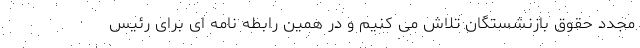
مجدد حقوق بازنشستگان تلاش می کنیم و در همین رابطه نامه ای برای رئیس